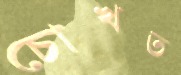
চোখত